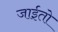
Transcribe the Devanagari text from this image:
जाईतो